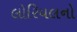
લોરિયલનો